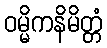
ဝမ္မိကနိမိတ္တံ